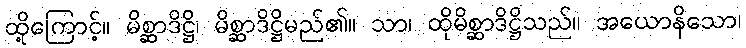
ထို့ကြောင့်။ မိစ္ဆာဒိဋ္ဌိ၊ မိစ္ဆာဒိဋ္ဌိမည်၏။ သာ၊ ထိုမိစ္ဆာဒိဋ္ဌိသည်။ အယောနိသော၊